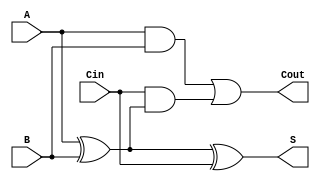
module async_full_adder (
    input wire A,      // First bit input
    input wire B,      // Second bit input
    input wire Cin,    // Carry-in input
    output wire S,     // Sum output
    output wire Cout   // Carry-out output
);

// Intermediate signals
wire A_XOR_B;        // Intermediate result of A XOR B
wire A_AND_B;        // Intermediate result of A AND B
wire Cin_AND_A_XOR_B; // Intermediate result of Cin AND (A XOR B)

// Compute the sum using XOR gates
assign A_XOR_B = A ^ B;          // A XOR B
assign S = A_XOR_B ^ Cin;        // S = (A XOR B) XOR Cin

// Compute the carry-out using AND and OR gates
assign A_AND_B = A & B;                       // A AND B
assign Cin_AND_A_XOR_B = Cin & A_XOR_B;      // Cin AND (A XOR B)
assign Cout = A_AND_B | Cin_AND_A_XOR_B;     // Cout = (A AND B) OR (Cin AND (A XOR B))

endmodule